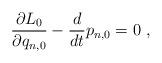
LaTeX: \begin{align*}\frac{\partial L_0}{\partial q_{n,0}}-\frac{d}{dt}p_{n,0}=0\ ,\end{align*}